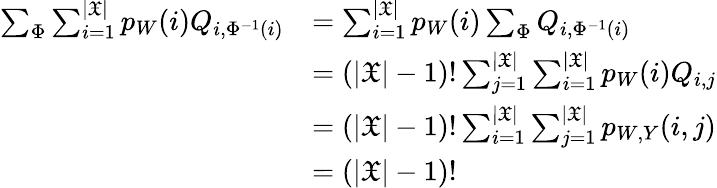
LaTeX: \begin{array}{rl}{\sum_{\Phi}\sum_{i=1}^{|\mathfrak{X}|}p_{W}(i)Q_{i,\Phi^{-1}(i)}}&{=\sum_{i=1}^{|\mathfrak{X}|}p_{W}(i)\sum_{\Phi}Q_{i,\Phi^{-1}(i)}}\\ &{=(|\mathfrak{X}|-1)!\sum_{j=1}^{|\mathfrak{X}|}\sum_{i=1}^{|\mathfrak{X}|}p_{W}(i)Q_{i,j}}\\ &{=(|\mathfrak{X}|-1)!\sum_{i=1}^{|\mathfrak{X}|}\sum_{j=1}^{|\mathfrak{X}|}p_{W,Y}(i,j)}\\ &{=(|\mathfrak{X}|-1)!}\end{array}